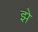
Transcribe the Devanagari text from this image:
झे